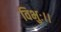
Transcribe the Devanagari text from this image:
विभुः।।